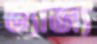
ত্যাজ্য